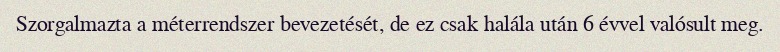
Szorgalmazta a méterrendszer bevezetését, de ez csak halála után 6 évvel valósult meg.